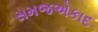
સમજએકાદ